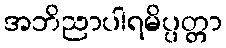
အဘိညာပါရမိပ္ပတ္တာ